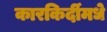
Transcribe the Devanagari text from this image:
कारकिर्दीमधे